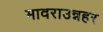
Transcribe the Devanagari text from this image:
मावराउन्नहर